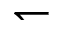
\leftharpoondown